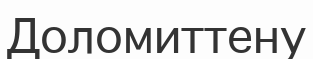
Доломиттену